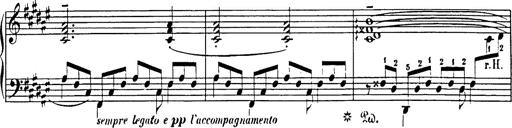
Title: Impromptu
Composer: JosÃ© MarÃ­a Usandizaga
Key: A major